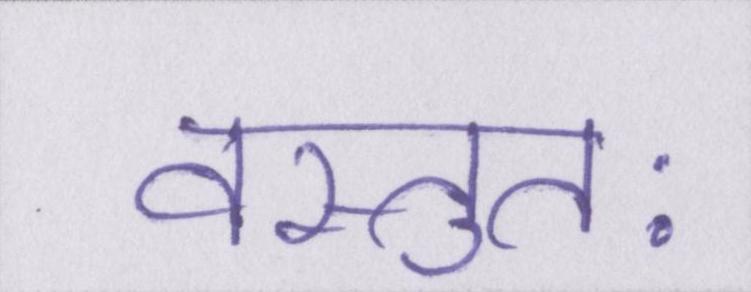
वस्तुतः